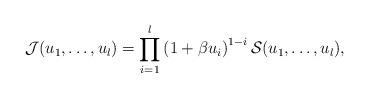
LaTeX: \begin{align*}\mathcal J (u_1,\dots, u_l)=\prod_{i=1}^{l} \left(1+{\beta}{u_i}\right)^{1-i} \mathcal S(u_1,\dots, u_l),\end{align*}